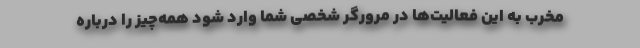
مخرب به این فعالیت‌‌ها در مرورگر شخصی شما وارد شود همه‌چیز را درباره